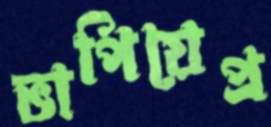
ভাপিয়েপ্র